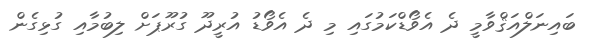
ބައިނަލްއަޤްވާމީ ދެ އެވޯޑްކަމުގައި މި ދެ އެވޯޑު އުރީދޫ ގުރޫޕަށް ލިބުމާއި ގުޅިގެން